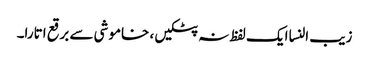
زیب النسا ایک لفظ نہ پٹکیں، خاموشی سے برقع اتارا۔